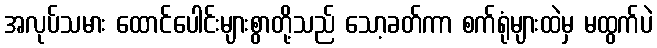
အလုပ်သမား ထောင်ပေါင်းများစွာတို့သည် သော့ခတ်ကာ စက်ရုံများထဲမှ မထွက်ပဲ